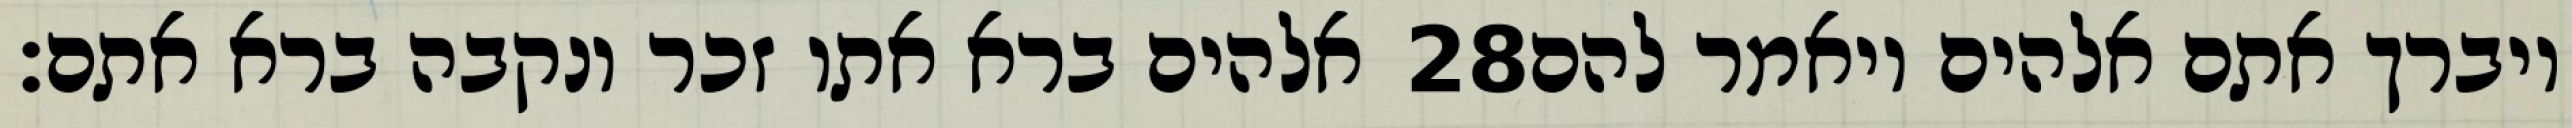
אלהים ברא אתו זכר ונקבה ברא אתם׃ ‎28‏ ויברך אתם אלהים ויאמר להם